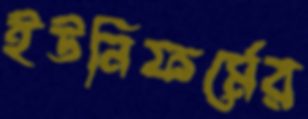
ইউনিফর্মের